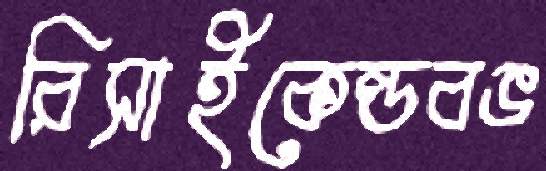
রিসাইকেল্ডবঙ